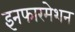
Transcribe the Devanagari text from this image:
इनफारमेशन